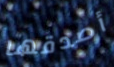
أصدقها